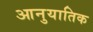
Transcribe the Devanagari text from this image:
आनुयातिक